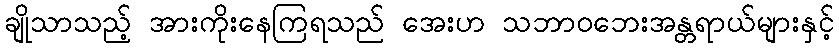
ချိုသာသည့် အားကိုးနေကြရသည် အေးဟ သဘာဝဘေးအန္တရာယ်များနှင့်